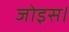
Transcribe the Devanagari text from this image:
जोइस।